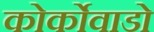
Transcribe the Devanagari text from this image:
कोर्कोवाडो